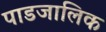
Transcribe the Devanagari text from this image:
पाडजालिक